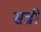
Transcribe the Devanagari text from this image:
सत्री